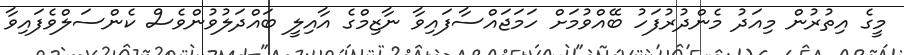
މީގެ އިތުރުން މިއަދު މެންދުރުފަހު ބޭއްވުމަށް ހަމަޖައްސާފައިވާ ނާޒިމްގެ އާއިލީ ބައްދަލުވުންވެސް ކެންސަލްވެފައިވާ